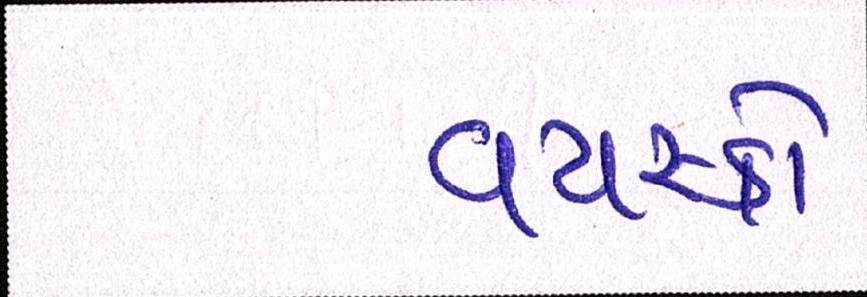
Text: વયસ્કો